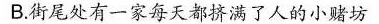
B.街尾处有一家每天都挤满了人的小赌坊